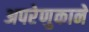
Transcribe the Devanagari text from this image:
अपरेणुकाने